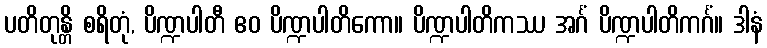
ပတိတုန္တိ စရိတုံ, ပိဏ္ဍပါတီ ဧဝ ပိဏ္ဍပါတိကော။ ပိဏ္ဍပါတိကဿ အင်္ဂံ ပိဏ္ဍပါတိကင်္ဂံ။ ဒါနံ